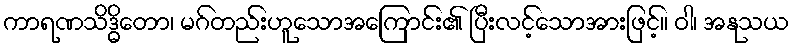
ကာရဏသိဒ္ဓိတော၊ မဂ်တည်းဟူသောအကြောင်း၏ ပြီးလင့်သောအားဖြင့်။ ဝါ၊ အနုသယ